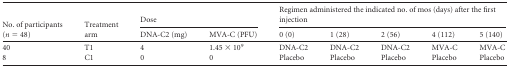
<table><thead><tr><td rowspan="2"><b>No. of participants (<i>n</i> = 48)</b></td><td rowspan="2"><b>Treatment arm</b></td><td colspan="2"><b>Dose</b></td><td colspan="5"><b>Regimen administered the indicated no. of mos (days) after the first injection</b></td></tr><tr><td><b>DNA-C2 (mg)</b></td><td><b>MVA-C (PFU)</b></td><td><b>0 (0)</b></td><td><b>1 (28)</b></td><td><b>2 (56)</b></td><td><b>4 (112)</b></td><td><b>5 (140)</b></td></tr></thead><tbody><tr><td>40</td><td>T1</td><td>4</td><td>1.45 × 10<sup>9</sup></td><td>DNA-C2</td><td>DNA-C2</td><td>DNA-C2</td><td>MVA-C</td><td>MVA-C</td></tr><tr><td>8</td><td>C1</td><td>0</td><td>0</td><td>Placebo</td><td>Placebo</td><td>Placebo</td><td>Placebo</td><td>Placebo</td></tr></tbody></table>